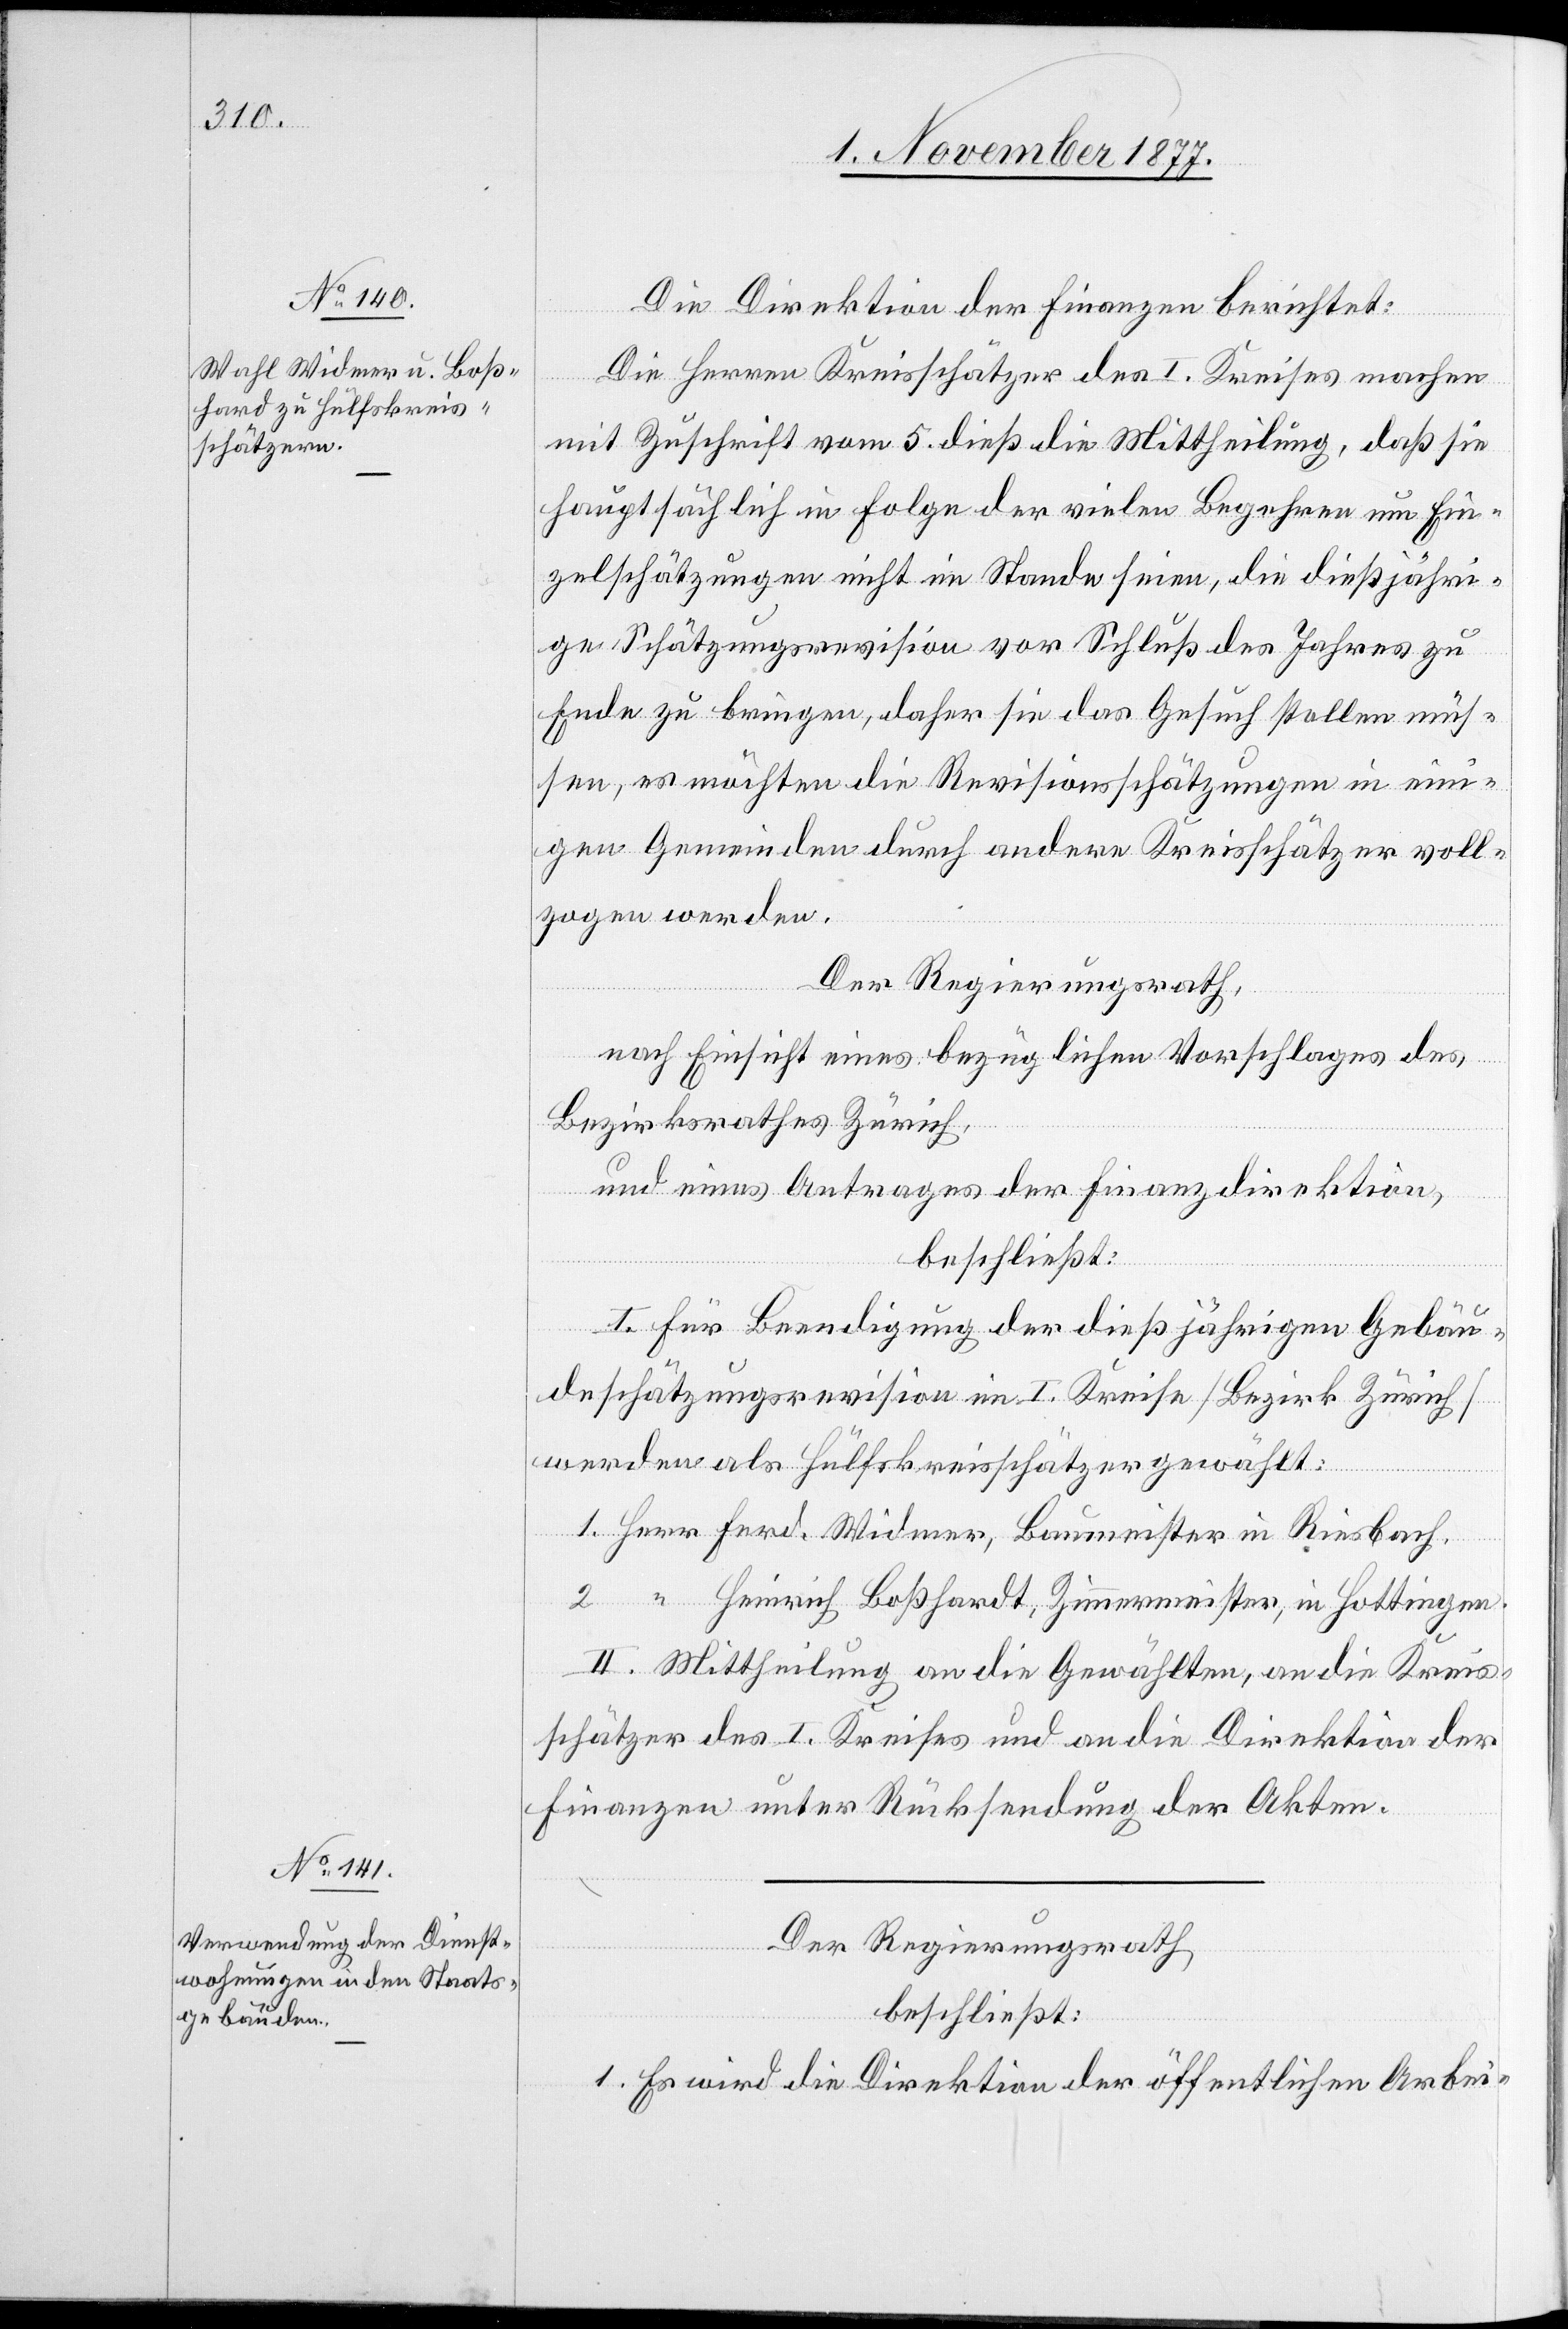
Die Direktion der Finanzen berichtet:
Die Herren Kreisschätzer des I. Kreises machen
mit Zuschrift vom 5. dieß die Mittheilung, daß sie
hauptsächlich in Folge der vielen Begehren um Ein¬
zelschätzungen nicht im Stande seien, die dießjähri¬
ge Schätzungsrevision vor Schluß des Jahres zu
Ende zu bringen, daher sie das Gesuch stellen müs¬
sen, es möchten die Revisionsschätzungen in eini¬
gen Gemeinden durch andere Kreisschätzer voll¬
zogen werden.
Der Regierungsrath,
nach Einsicht eines bezüglichen Vorschlages des
Bezirksrathes Zürich,
und eines Antrages der Finanzdirektion,
beschließt:
I. Für Beendigung der dießjährigen Gebäu¬
deschätzungsrevision im I. Kreise [Bezirk Zürich]
werden als Hülfskreisschätzer gewählt:
1. Herr Ferd. Widmer, Baumeister in Riesbach.
2. “ Heinrich Boßhardt [sic!], Zimmermeister, in Hottingen.
II. Mittheilung an die Gewählten, an die Kreis¬
schätzer des I. Kreises und an die Direktion der
Finanzen unter Rücksendung der Akten.
Der Regierungsrath,
beschließt:
1. Es wird die Direktion der öffentlichen Arbei-